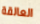
العالقة